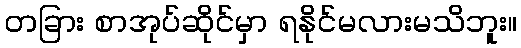
တခြား စာအုပ်ဆိုင်မှာ ရနိုင်မလားမသိဘူး။